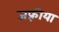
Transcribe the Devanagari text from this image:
जफ़्रीया